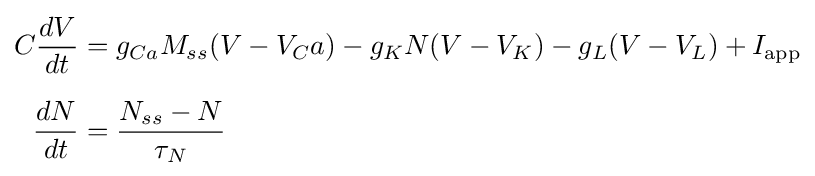
{\begin{aligned}C{dV \over dt}&=g_{Ca}M_{ss}(V-V_{C}a)-g_{K}N(V-V_{K})-g_{L}(V-V_{L})+I_{\text{app}}\\[6pt]{dN \over dt}&={{N_{ss}-N} \over {\tau _{N}}}\end{aligned}}